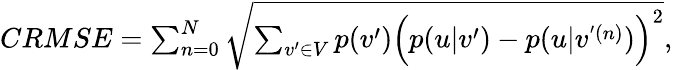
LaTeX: \begin{array}{r}{{CRMSE}=\sum_{n=0}^{N}\sqrt{\sum_{v^{\prime}\in V}p(v^{\prime})\Big(p(u|v^{\prime})-p(u|v^{'(n)})\Big)^{2}},}\end{array}